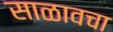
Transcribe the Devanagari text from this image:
साळावचा